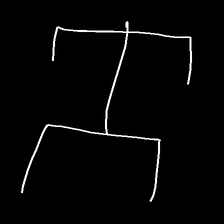
Glyph: entwine